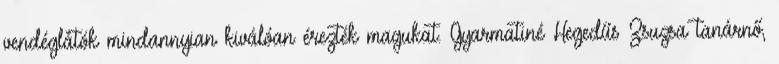
vendéglátók mindannyian kiválóan érezték magukat. Gyarmatiné Hegedűs Zsuzsa tanárnő,